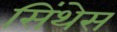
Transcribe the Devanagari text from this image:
सिंथेस